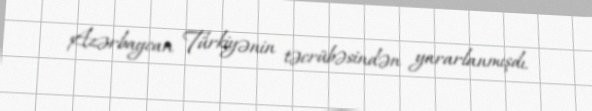
Azərbaycan Türkiyənin təcrübəsindən yararlanmışdı.